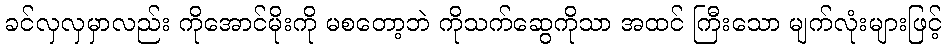
ခင်လှလှမှာလည်း ကိုအောင်မိုးကို မစတော့ဘဲ ကိုသက်ဆွေကိုသာ အထင် ကြီးသော မျက်လုံးများဖြင့်